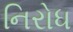
નિરોધ